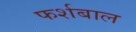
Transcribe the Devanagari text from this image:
फर्शबाल